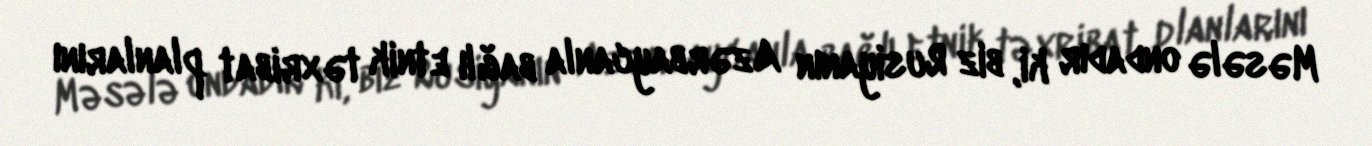
Məsələ ondadır ki, biz Rusiyanın Azərbaycanla bağlı etnik təxribat planlarını